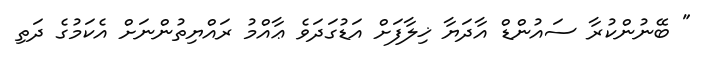
" ބޭނުންކުރާ ސައުންޑް އާދަޔާ ޚިލާފަށް އަޑުގަދަވެ ޢާއްމު ރައްޔިތުންނަށް އެކަމުގެ ދަތި